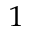
^ { 1 }